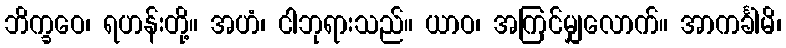
ဘိက္ခဝေ၊ ရဟန်းတို့။ အဟံ၊ ငါဘုရားသည်။ ယာဝ၊ အကြင်မျှလောက်။ အာကင်္ခါမိ၊